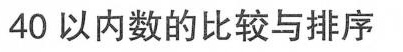
40以内数的比较与排序